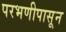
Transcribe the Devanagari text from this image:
परभणीपासून